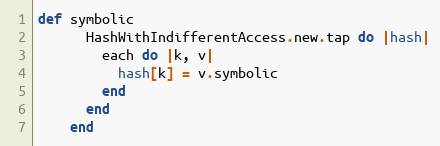
Language: Ruby
def symbolic
      HashWithIndifferentAccess.new.tap do |hash|
        each do |k, v|
          hash[k] = v.symbolic
        end
      end
    end